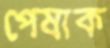
পেষাক